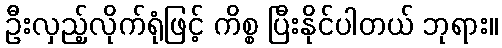
ဦးလှည့်လိုက်ရုံဖြင့် ကိစ္စ ပြီးနိုင်ပါတယ် ဘုရား။